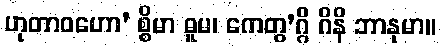
ဟုတာဝဟော’ စ္စိမာ ဓူမ၊ ကေတွ’ဂ္ဂိ ဂိနိ ဘာနုမာ။